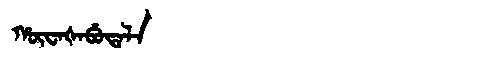
Manchu: ᡥᡡᠸᠠᡧᠠᠪᡠᡨᠠᠯᠠ
Romanization: HŪWAŠABUTALA